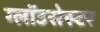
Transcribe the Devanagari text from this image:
ग्लॉउसेस्टर